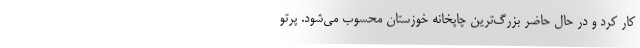
کار کرد و در حال حاضر بزرگ‌ترین چاپخانه خوزستان محسوب می‌شود. پرتو